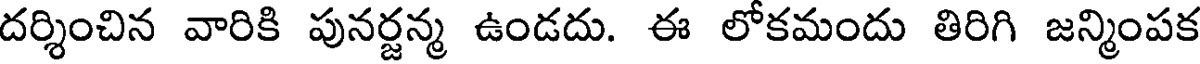
దర్శించిన వారికి పునర్జన్మ ఉండదు. ఈ లోకమందు తిరిగి జన్మింపక